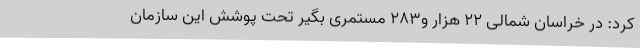
کرد: در خراسان شمالی 22 هزار و283 مستمری بگیر تحت پوشش این سازمان